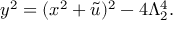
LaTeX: y ^ { 2 } = ( x ^ { 2 } + \tilde { u } ) ^ { 2 } - 4 \Lambda _ { 2 } ^ { 4 } .